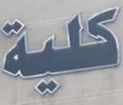
كلية